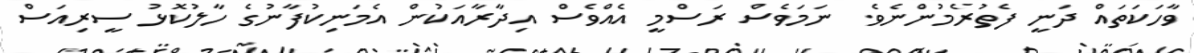
ވާހަކަތައް ދަނީ ފެތުރެމުންނެވެ. ނަމަވެސް ރަސްމީ އެއްވެސް އިދާރާއަކުން އެމަނިކުފާނުގެ ހާލުކޮޅު ސީރިއަސް